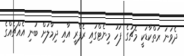
ދެވަނަ ރަތްކާޑަކީ މެޗުގެ ފަހު މިނެޓްގައި ރެފްރީ އާއި ދިމާލަށް ބުނި އެއްޗެއްގެ